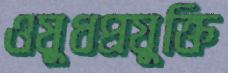
ওষুধপ্রযুক্তি